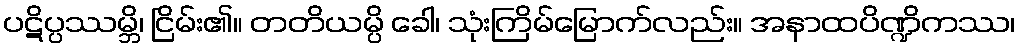
ပဋိပ္ပဿမ္ဘိ၊ ငြိမ်း၏။ တတိယမ္ပိ ခေါ၊ သုံးကြိမ်မြောက်လည်း။ အနာထပိဏ္ဍိကဿ၊